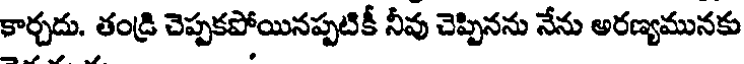
కార్చదు. తండ్రి చెప్పకపోయినప్పటికీ నీవు చెప్పినను నేను అరణ్యమునకు